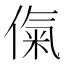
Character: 㑶